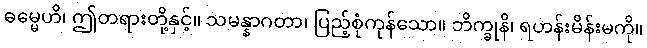
ဓမ္မေဟိ၊ ဤတရားတို့နှင့်။ သမန္နာဂတာ၊ ပြည့်စုံကုန်သော။ ဘိက္ခုနိ၊ ရဟန်းမိန်းမကို။